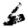
Digit: 6